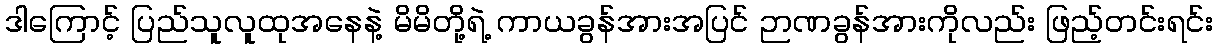
ဒါကြောင့် ပြည်သူလူထုအနေနဲ့ မိမိတို့ရဲ့ ကာယခွန်အားအပြင် ဉာဏခွန်အားကိုလည်း ဖြည့်တင်းရင်း